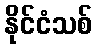
နိုင်ငံသစ်